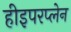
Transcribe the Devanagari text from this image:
हीइपरप्लेन